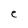
Character: e